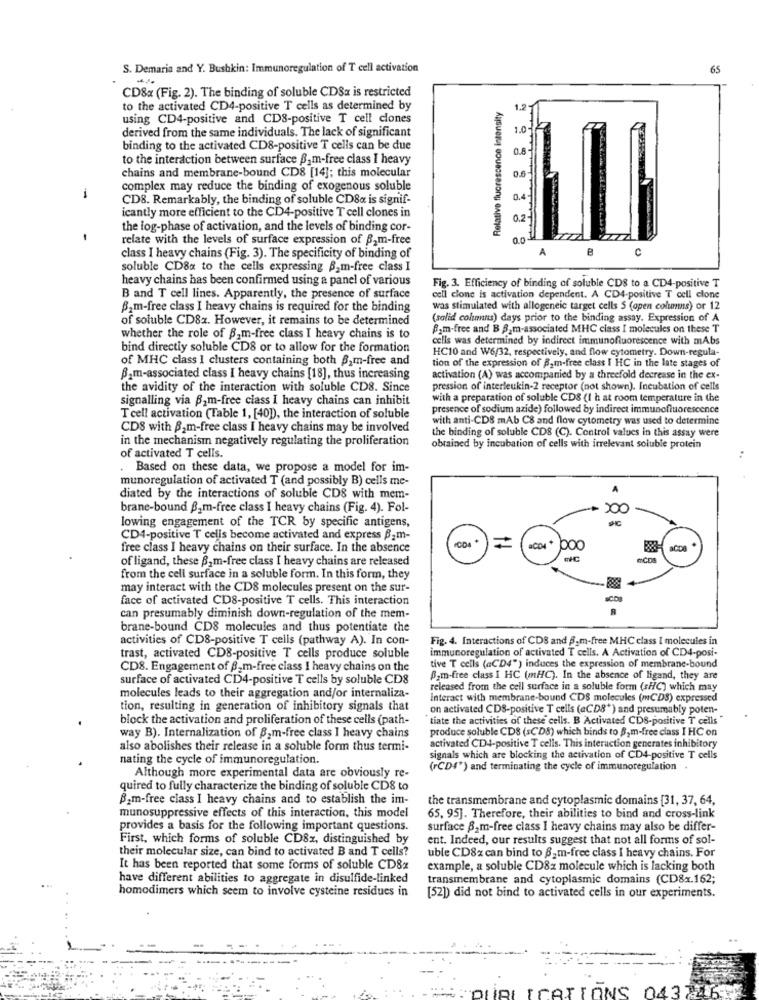
S. Demaria and Y. Bushkin: Immunoregulation of T cell activation
65
CD8x (Fig. 2). The binding of soluble CD8x is restricted
to the activated CD4-positive T cells as determined by
Relative fluorescence intensity
1.2
using CD4-positive and CDS-positive T cell clones
derived from the same individuals. The lack of significant
binding to the activated CD8-positive T cells can be due
0.8
to the interaction between surface B_m-free class I heavy
chains and membrane-bound CD8 [14]; this molecular
0.6
complex may reduce the binding of exogenous soluble
1
CD8. Remarkably, the binding of soluble CD8« is signif-
icantly more efficient to the CD4-positive T cell clones in
the log-phase of activation, and the levels of binding cor-
1
relate with the levels of surface expression of B2m-free
0.0.
A
C
class I heavy chains (Fig. 3). The specificity of binding of
soluble CD8x to the cells expressing B_m-free class I
heavy chains has been confirmed using a panel of various
Fig. 3. Efficiency of binding of soluble CDS to a CD4-positive T
B and T cell lines. Apparently, the presence of surface
cell clone is activation dependent. A CD4-positive T cell clone
Bam-free class I heavy chains is required for the binding
was stimulated with allogeneic target cells $ (open columns) or 12
of soluble CD8x. However, it remains to be determined
(solid columns) days prior to the binding assay. Expression of A
Bom-free and B B.m-associated MHC class I molecules on these T
whether the role of B.m-free class I heavy chains is to
cells was determined by indirect immunofluorescence with mAbs
bind directly soluble CDS or to allow for the formation
HC10 and W6/32, respectively, and flow cytometry. Down-regula-
of MHC class I clusters containing both B_m-free and
tion of the expression of B2m-free class I HC in the late stages of
B_m-associated class I heavy chains [18], thus increasing
activation (A) was accompanied by a threefold decrease in the ex-
the avidity of the interaction with soluble CD8. Since
pression of interleukin-2 receptor (not shown). Incubation of cells
signalling via Bam-free ciass I heavy chains can inhibit
with a preparation of soluble CDS (1 h at room temperature in the
presence of sodium azide) followed by indirect immunofluorescence
T cell activation (Table 1, [40]), the interaction of soluble
with anti-CD8 mAb C8 and flow cytometry was used to determine
CDS with B2m-free class I heavy chains may be involved
the binding of soluble CD8 (C). Control values in this assay were
in the mechanism negatively regulating the proliferation
obrained by incubation of cells with irrelevant soluble protein
of activated T cells.
. Based on these data, we propose a model for im-
munoregulation of activated T (and possibly B) cells me-
diated by the interactions of soluble CDS with mem-
brane-bound B2m-free class I heavy chains (Fig. 4). Fol-
lowing engagement of the TCR by specific antigens,
CD4-positive T cells become activated and express Bam-
free class I heavy chains on their surface. In the absence
poo
of ligand, these Bam-free class I heavy chains are released
MCDS
from the cell surface in a soluble form. In this form, they
may interact with the CDS molecules present on the sur-
face of activated CD8-positive T cells. This interaction
can presumably diminish down-regulation of the mem-
brane-bound CD8 molecules and thus potentiate the
activities of CDS-positive T cells (pathway A). In con-
Fig. 4. Interactions of CDS and 6. m-free MHC class I molecules in
immunoregulation of activated T cells. A Activation of CD4-posi-
trast, activated CD8-positive T cells produce soluble
CD8. Engagement of B.m-free class I heavy chains on the
tive T cells (aCD4") induces the expression of membrane-bound
surface of activated CD4-positive T cells by soluble CD8
Bom-free class I HC (mHC). In the absence of ligand, they are
released from the cell surface in a soluble form (sHC) which may
molecules leads to their aggregation and/or internaliza-
Interact with membrane-bound CDS molecules (mCDS) expressed
tion, resulting in generation of inhibitory signals that
on activated CDS-positive T cells (aCD8') and presumably poten-
block the activation and proliferation of these cells (path-
tiate the activities of these cells. B Activated CDS-positive T cells
produce soluble CDS (sCD8) which binds to B,m-free class I HC on
way B). Internalization of 82m-free class I heavy chains
also abolishes their release in a soluble form thus termi-
activated CD4-positive T cells. This interaction generates inhibitory
nating the cycle of immunoregulation.
signals which are blocking the activation of CD4-positive T cells
(rCD4") and terminating the cycle of immunoregulation .
Although more experimental data are obviously re-
quired to fully characterize the binding of soluble CD8 to
Bom-free class I heavy chains and to establish the im-
the transmembrane and cytoplasmic domains [31, 37, 64,
munosuppressive effects of this interaction, this model
65, 95]. Therefore, their abilities to bind and cross-link
provides a basis for the following important questions.
surface 82m-free class I heavy chains may also be differ-
First, which forms of soluble CD8z, distinguished by
ent. Indeed, our results suggest that not all forms of sol-
their molecular size, can bind to activated B and T cells?
uble CD8x can bind to 8-m-free class I heavy chains. For
It has been reported that some forms of soluble CD8x
example, a soluble CD8x molecule which is lacking both
have different abilities to aggregate in disulfide-linked
transmembrane and cytoplasmic domains (CD8x.162;
homodimers which seem to involve cysteine residues in
[52]) did not bind to activated cells in our experiments.
CATIONS 0437261